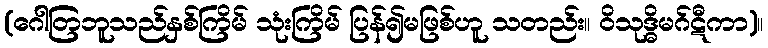
(ဂေါတြဘူသည်နှစ်ကြိမ် သုံးကြိမ် ပြန်၍မဖြစ်ဟူ သတည်း။ ဝိသုဒ္ဓိမဂ်ဋီကာ)။